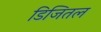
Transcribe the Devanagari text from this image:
डिजितल